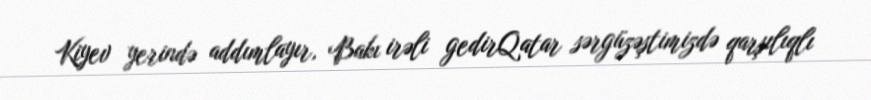
Kiyev yerində addımlayır, Bakı irəli gedirQatar sərgüzəştimizdə qarşılıqlı